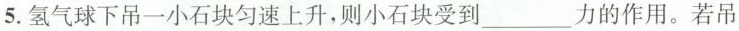
5. 氢气球下吊一小石块匀速上升，则小石块受到___力的作用。若吊